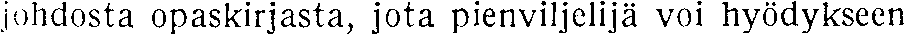
johdosta opaskirjasta, jota pienviljelijä voi hyödykseen